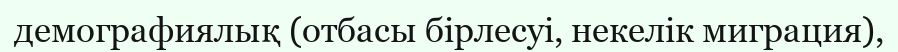
демографиялық (отбасы бірлесуі, некелік миграция),